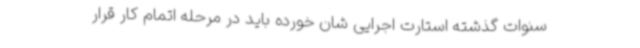
سنوات گذشته استارت اجرایی شان خورده باید در مرحله اتمام کار قرار